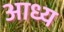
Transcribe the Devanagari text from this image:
आध्य